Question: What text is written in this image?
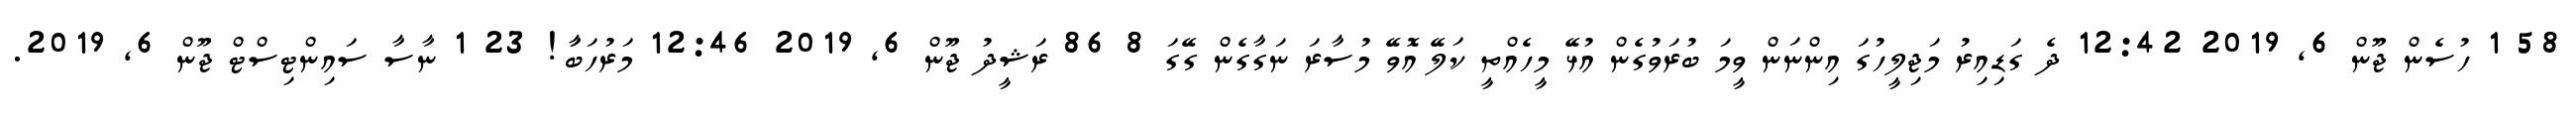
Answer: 58 1 ހުސެން ޖޫން 6, 2019 12:42 ދެ ގަޑިއިރު މަޖިލީހުގަ އިންނަން ވީމަ ބުރަވުގެން އުޅޭ މީހެއްތީ ކަލޭ އޮވޭ މުސާރަ ނަގާގެން ގޭގަ 8 86 ރަޝީދު ޖޫން 6, 2019 12:46 މަރުހަބާަ! 23 1 ނާސާ ސައިންޓިސްޓް ޖޫން 6, 2019.